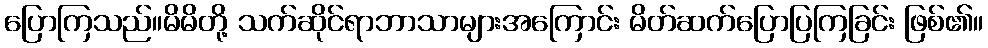
ပြောကြသည်။မိမိတို့ သက်ဆိုင်ရာဘာသာများအကြောင်း မိတ်ဆက်ပြောပြကြခြင်း ဖြစ်၏။